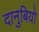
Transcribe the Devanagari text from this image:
दानुबियो